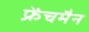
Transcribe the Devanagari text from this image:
फ्रेंचमैन